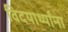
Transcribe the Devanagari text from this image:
विदयार्थ्यांना